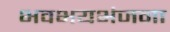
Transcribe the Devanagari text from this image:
भवभयभंजना